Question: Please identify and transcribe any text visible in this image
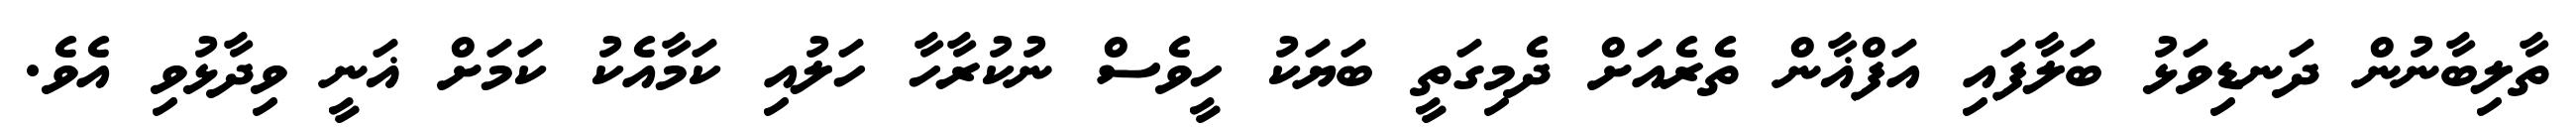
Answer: ތާލިބާނުން ދަނޑިވަޅު ބަލާފައި އަފްޣާން ތެރެއަށް ދެމިގަތީ ބަޔަކު ހީވެސް ނުކުރާހާ ހަލުއި ކަމާއެކު ކަމަށް ޣަނީ ވިދާޅުވި އެވެ.